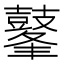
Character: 𪔞